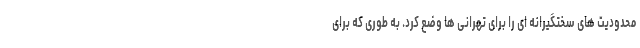
محدودیت های سختگیرانه ای را برای تهرانی ها وضع کرد. به طوری که برای